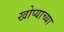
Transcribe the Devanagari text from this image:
खोप्याच्या